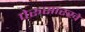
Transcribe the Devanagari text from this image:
पेरूसारखे